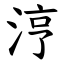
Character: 涥